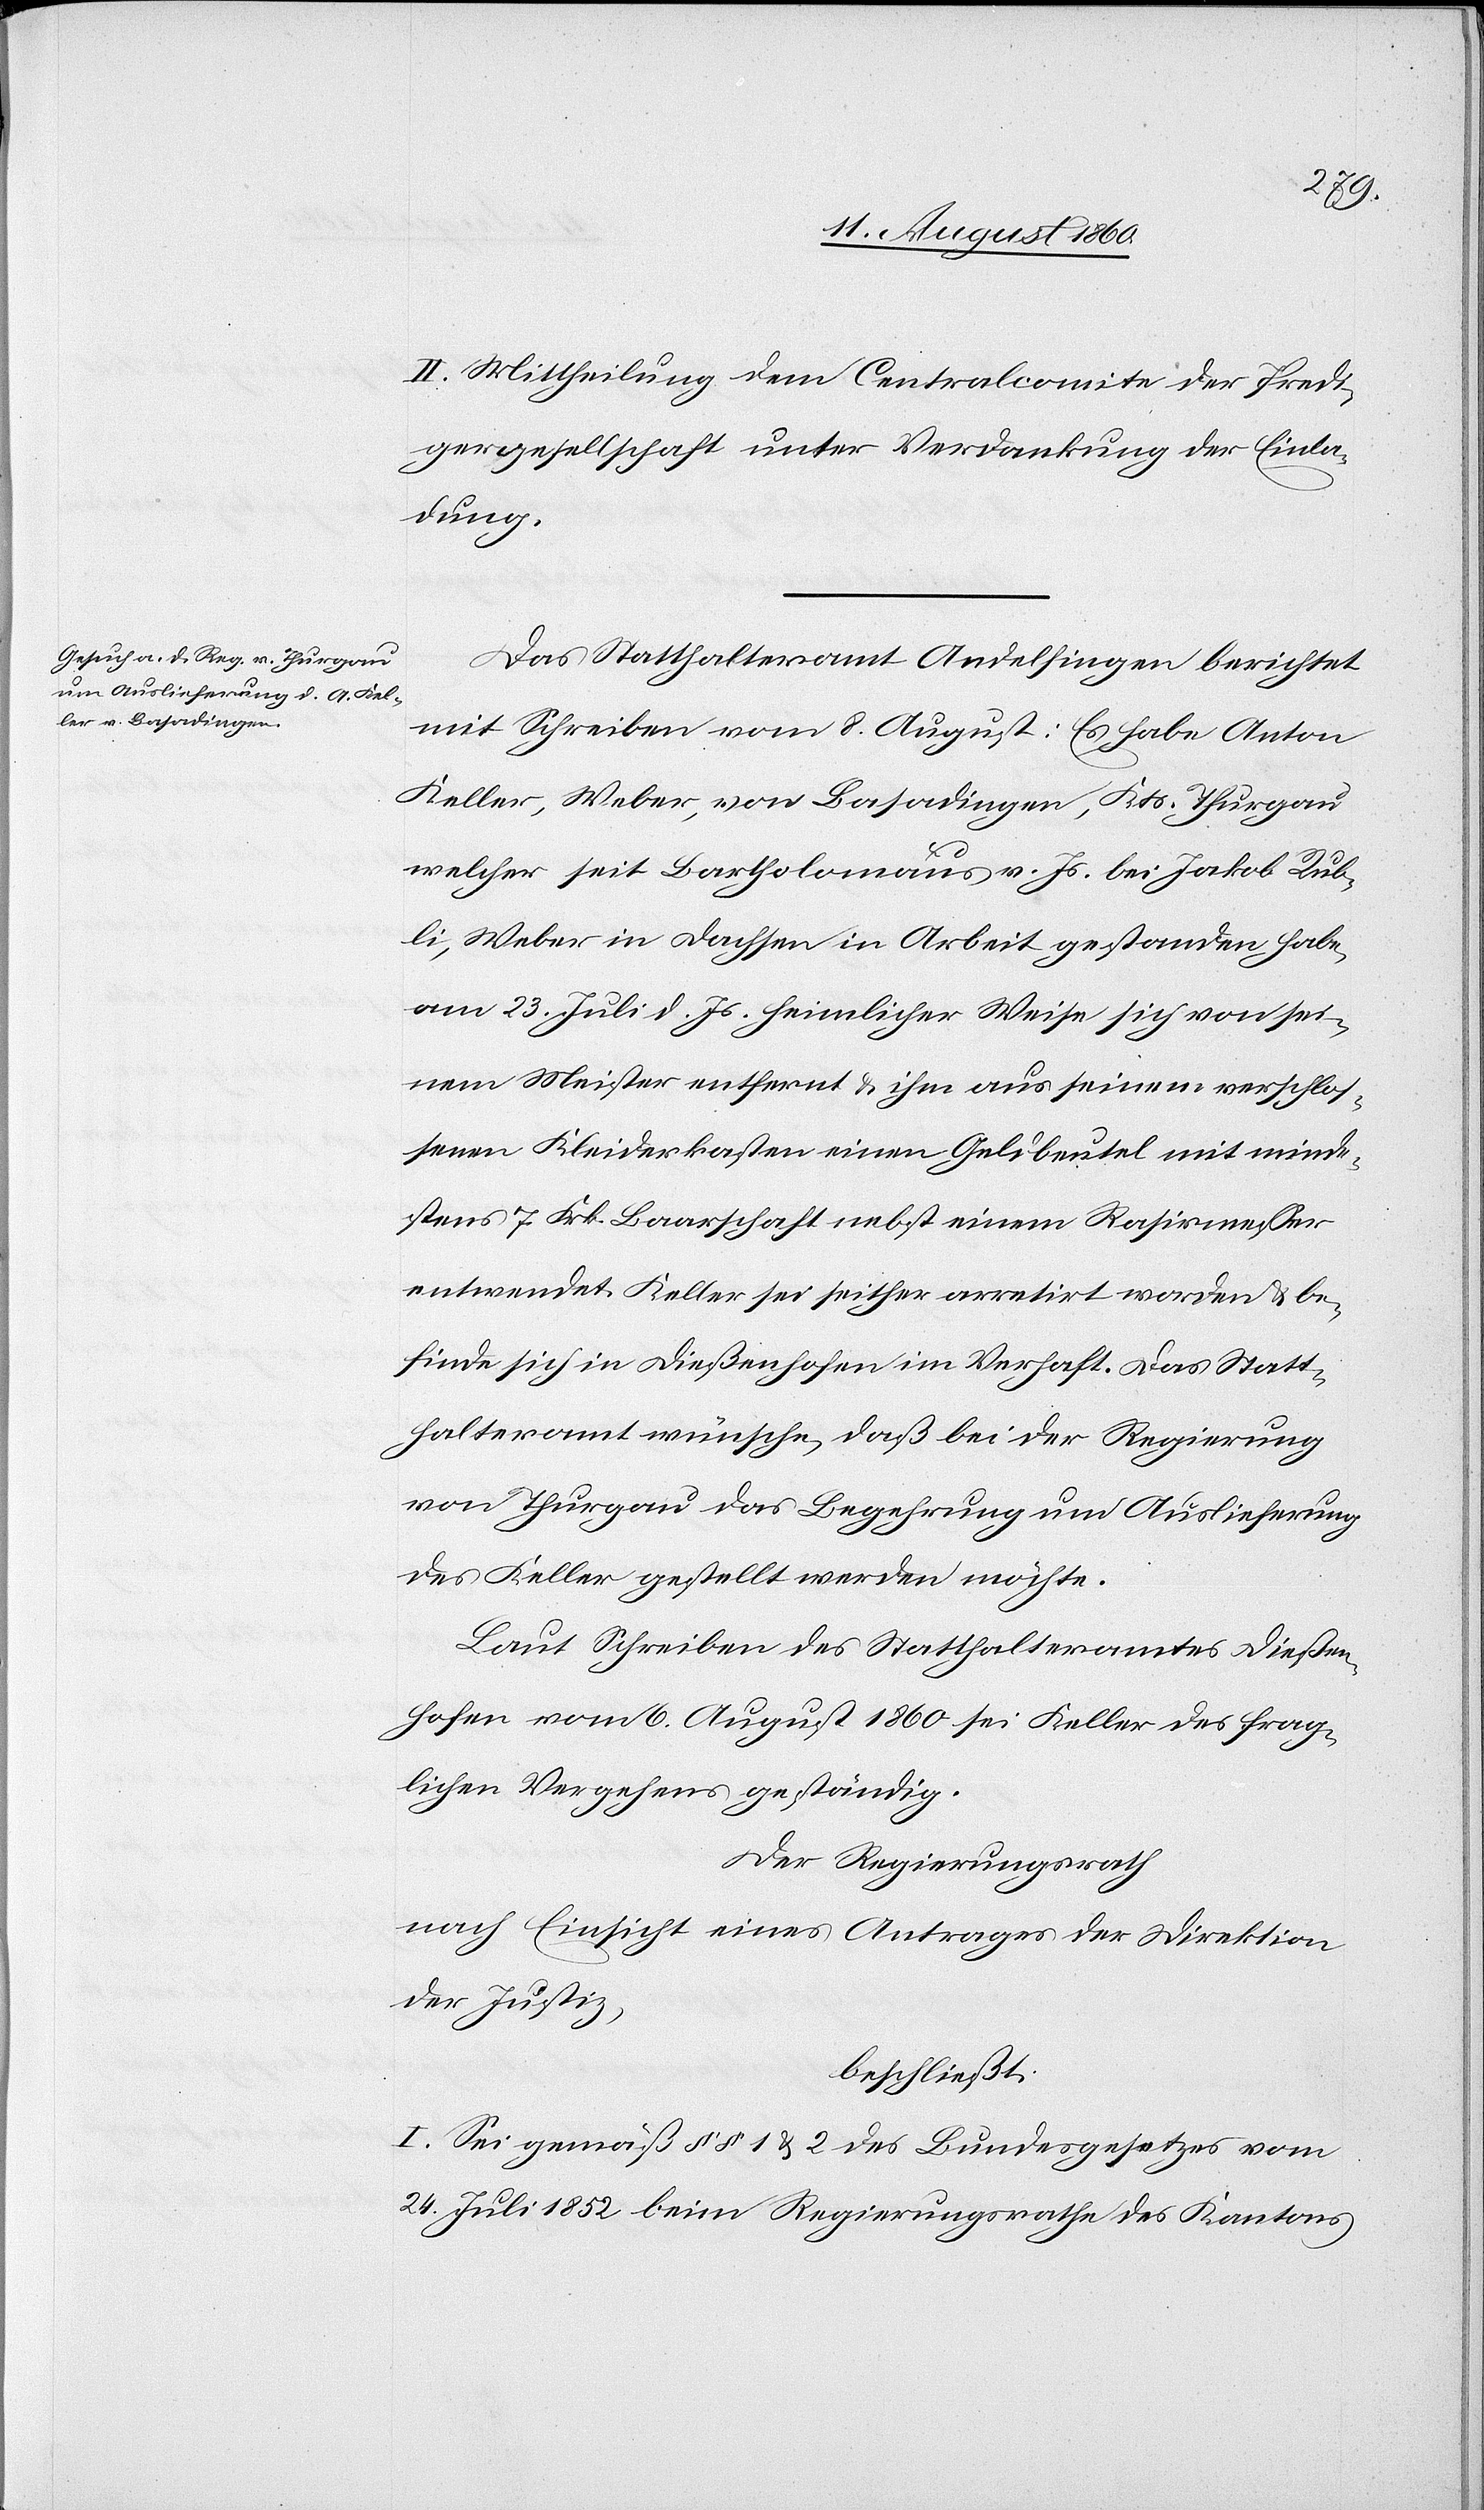
der Gesellschaft unter Verdankung der Einla¬
dung
Das Statthalteramt Andelfingen berichtet
mit Zuschrift vom 8. August: Es habe Anton
Keller, Weber von Basadingen, Kantons Thurgau,
welcher seit Bartholomäus v. Js. bei Jakob Rub¬
li, Weber in Dachsen in Arbeit gestanden habe,
am 23. Juli d. Js. heimlicherweise sich von sei¬
nem Meister entfernt und ihm aus seinem verschlos¬
senen Kleiderkasten einen Geldbeutel mit minde¬
stens 7. Frk. Baarschaft nebst einem Rasirmesser
entwendet. Keller sei seither arretirt worden und be¬
finde sich in Diessenhofen im Verhaft. Das Statt¬
halteramt wünsche, dass bei der Regierung
von Thurgau das Begehren um Auslieferung
des Keller gestellt werden möchte.
Laut Schreiben des Statthalteramtes Diessen¬
hofen vom 6. August 1860 sei Keller des frag¬
lichen Vergehens geständig.
Der Regierungsrath,
nach Einsicht eines Antrages der Direktion
der Justiz;
beschliesst:
I. Sei gemäß §§. 1 u. 2 des Bundesgesetzes vom
24. Juli 1852 beim Regierungsrathe des Kantons